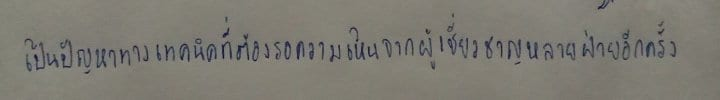
เป็นปัญหาทางเทคนิคที่ต้องรอความเห็นจากผู้เชี่ยวชาญหลายฝ่ายอีกครั้ง